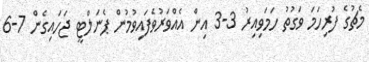
މެޗުގެ ފުރިހަމަ ވަގުތު ހަމަވިއިރު 3-3 އިން އެއްވަރުވެފައިވުމުން ޕެނަލްޓީ ޖަހައިގެން 7-6